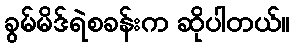
ခွမ်မိဒ်ရဲစခန်းက ဆိုပါတယ်။